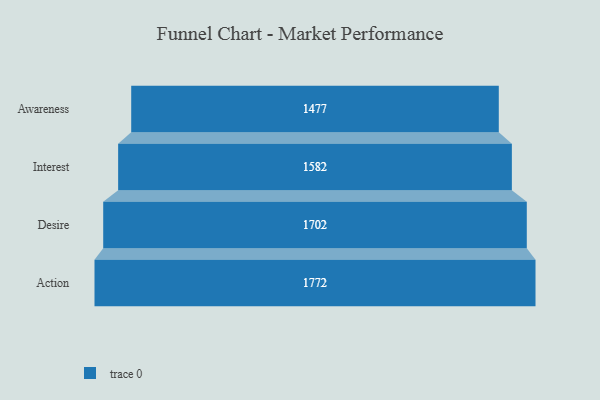
{"axis": {"x": "Stage", "y": "Value"}, "legend": [""], "data": [{"x": "Awareness", "y": 1477.0, "type": ""}, {"x": "Interest", "y": 1582.0, "type": ""}, {"x": "Desire", "y": 1702.0, "type": ""}, {"x": "Action", "y": 1772.0, "type": ""}]}